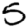
Digit: 5